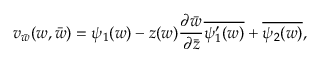
v _ { \bar { w } } ( w , \bar { w } ) = \psi _ { 1 } ( w ) - z ( w ) \frac { \partial \bar { w } } { \partial \bar { z } } \overline { { { \psi _ { 1 } ^ { \prime } ( w ) } } } + \overline { { { \psi _ { 2 } ( w ) } } } ,